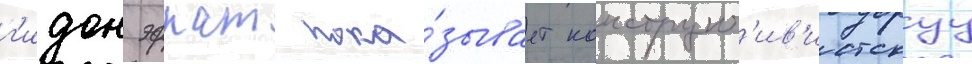
г'идон эфрат пока́зывает конструкт'ив'истскуу